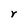
Character: r